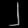
Digit: ၂